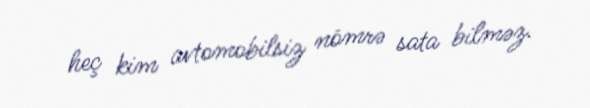
heç kim avtomobilsiz nömrə sata bilməz.